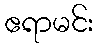
ဧရာမင်း